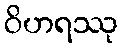
ဝိဟရဿု